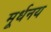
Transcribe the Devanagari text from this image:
मूर्धनय